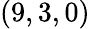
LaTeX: (9,3,0)